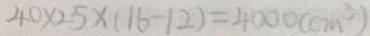
4 0 \times 2 5 \times ( 1 6 - 1 2 ) = 4 0 0 0 ( c m ^ { 3 } )